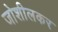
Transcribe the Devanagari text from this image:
जोशीलकर